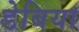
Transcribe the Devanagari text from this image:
डेबिया